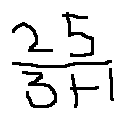
\frac { 2 5 } { 3 + 1 }